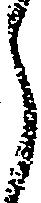
ら